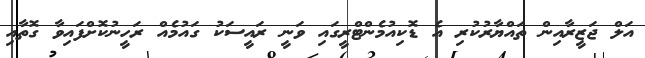
އަލް ޖަޒީރާއިން ތައްޔާރުކުރި އެ ޑޮކިއުމެންޓްރީގައި ވަނީ ރައީސަކު ގައުމެއް ރަހީނުކޮށްފައިވާ ގޮތާއި